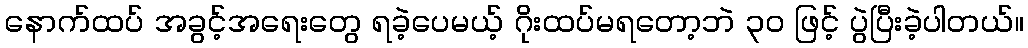
နောက်ထပ် အခွင့်အရေးတွေ ရခဲ့ပေမယ့် ဂိုးထပ်မရတော့ဘဲ ၃၀ ဖြင့် ပွဲပြီးခဲ့ပါတယ်။